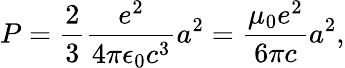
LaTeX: P=\frac{2}{3}\frac{e^{2}}{4\pi\epsilon_{0}c^{3}}a^{2}=\frac{\mu_{0}e^{2}}{6\pi c}a^{2},